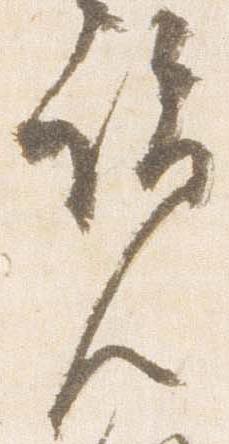
覧